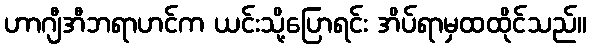
ဟာဂျီအီဘရာဟင်က ယင်းသို့ပြောရင်း အိပ်ရာမှထထိုင်သည်။